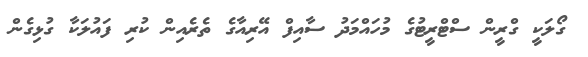
ގޯލަކީ ގްރީން ސްޓްރީޓުގެ މުހައްމަދު ސާއިފް އޭރިއާގެ ތެރެއިން ކުރި ފައުލަކާ ގުޅިގެން